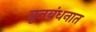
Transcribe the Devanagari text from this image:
वृत्तबंधनात